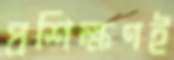
প্রশিক্ষণই